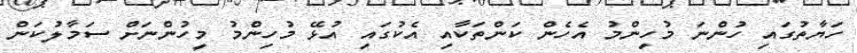
ހަޔާތުގައި ހުންނަ މުހިންމު އެހެން ކަންތަކާއި އެކުގައި އުޅޭ މުހިންމު މީހުންނަށް ސަމާލުކަން